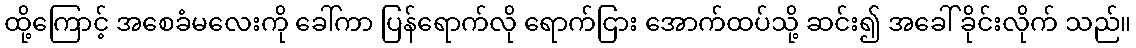
ထို့ကြောင့် အစေခံမလေးကို ခေါ်ကာ ပြန်ရောက်လို ရောက်ငြား အောက်ထပ်သို့ ဆင်း၍ အခေါ် ခိုင်းလိုက် သည်။